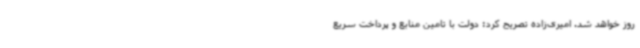
روز خواهد شد. امیری‌زاده تصریح کرد: دولت با تامین منابع و پرداخت سریع